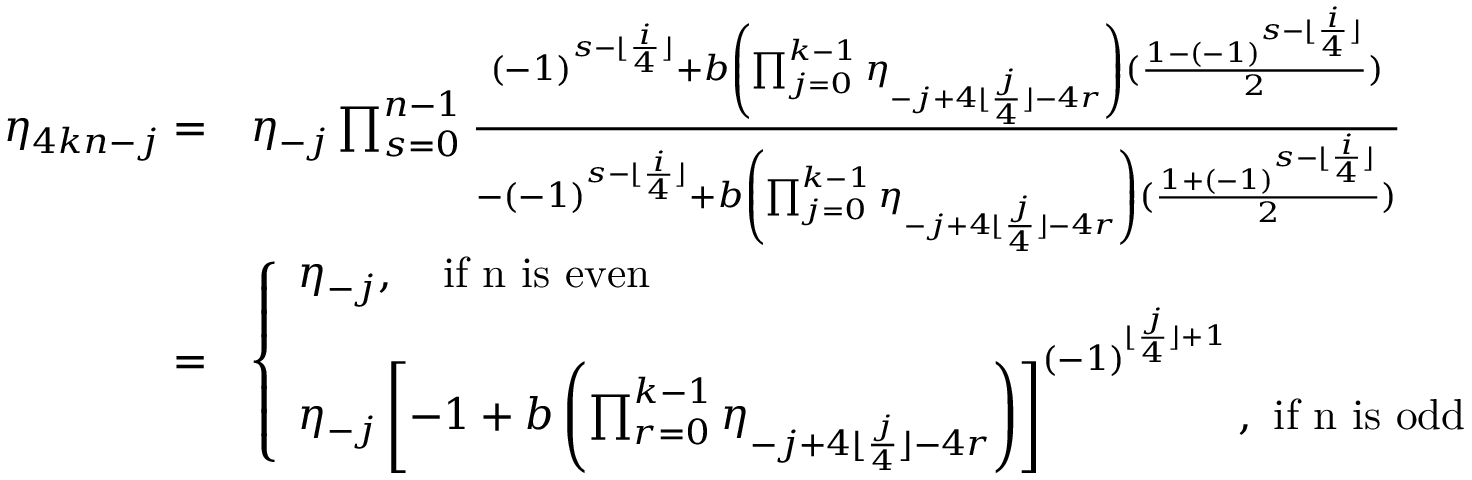
\begin{array} { r l } { \eta _ { 4 k n - j } = } & { \eta _ { - j } \prod _ { s = 0 } ^ { n - 1 } \frac { ( - 1 ) ^ { s - \lfloor \frac { i } { 4 } \rfloor } + b \left( \prod _ { j = 0 } ^ { k - 1 } { \eta _ { - j + 4 \lfloor \frac { j } { 4 } \rfloor - 4 r } } \right) ( \frac { 1 - ( - 1 ) ^ { s - \lfloor \frac { i } { 4 } \rfloor } } { 2 } ) } { - ( - 1 ) ^ { s - \lfloor \frac { i } { 4 } \rfloor } + b \left( \prod _ { j = 0 } ^ { k - 1 } { \eta _ { - j + 4 \lfloor \frac { j } { 4 } \rfloor - 4 r } } \right) ( \frac { 1 + ( - 1 ) ^ { s - \lfloor \frac { i } { 4 } \rfloor } } { 2 } ) } } \\ { = } & { \left\{ \begin{array} { l l } { \eta _ { - j } , \quad \mathrm { i f ~ n ~ i s ~ e v e n ~ } } \\ { \eta _ { - j } \left[ { - 1 + b \left( \prod _ { r = 0 } ^ { k - 1 } { \eta _ { - j + 4 \lfloor \frac { j } { 4 } \rfloor - 4 r } } \right) } \right] ^ { ( - 1 ) ^ { \lfloor \frac { j } { 4 } \rfloor + 1 } } , \mathrm { ~ i f ~ n ~ i s ~ o d d } } \end{array} \right. } \end{array}